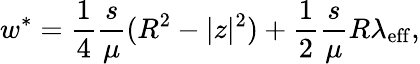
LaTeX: w^{*}=\frac{1}{4}\frac{s}{\mu}(R^{2}-|z|^{2})+\frac{1}{2}\frac{s}{\mu}R\lambda_{\mathrm{eff}},